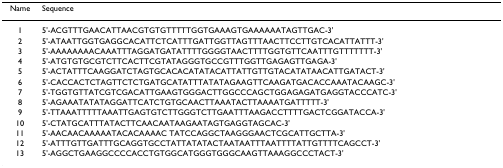
<table><thead><tr><td><b>Name</b></td><td><b>Sequence</b></td></tr></thead><tbody><tr><td>1</td><td>5'-ACGTTTGAACATTAACGTGTGTTTTTGGTGAAAGTGAAAAAATAGTTGAC-3'</td></tr><tr><td>2</td><td>5'-ATAATTGGTGAGGCACATTCTCATTTGATTGGTTAGTTTAACTTCCTTGTCACATTATTT-3'</td></tr><tr><td>3</td><td>5'-AAAAAAAACAAATTTAGGATGATATTTTGGGGTAACTTTTGGTGTTCAATTTGTTTTTTT-3'</td></tr><tr><td>4</td><td>5'-ATGTGTGCGTCTTCACTTCGTATAGGGTGCCGTTTGGTTGAGAGTTGAGA-3'</td></tr><tr><td>5</td><td>5'-ACTATTTCAAGGATCTAGTGCACACATATACATTATTGTTGTACATATAACATTGATACT-3'</td></tr><tr><td>6</td><td>5'-CACCACTCTAGTTCTCTGATGCATATTTATATAGAAGTTCAAGATGACACCAAATACAAGC-3'</td></tr><tr><td>7</td><td>5'-TGGTGTTATCGTCGACATTGAAGTGGGACTTGGCCCAGCTGGAGAGATGAGGTACCCATC-3'</td></tr><tr><td>8</td><td>5'-AGAAATATATAGGATTCATCTGTGCAACTTAAATACTTAAAATGATTTTT-3'</td></tr><tr><td>9</td><td>5'-TTAAATTTTTAAATTGAGTGTCTTGGGTCTTGAATTTAAGACCTTTTGACTCGGATACCA-3'</td></tr><tr><td>10</td><td>5'-CTATGCATTTATACTTCAACAATAAGAATAGTGAGGTAGCAC-3'</td></tr><tr><td>11</td><td>5'-AACAACAAAAATACACAAAAC TATCCAGGCTAAGGGAACTCGCATTGCTTA-3'</td></tr><tr><td>12</td><td>5'-ATTTGTTGATTTGCAGGTGCCTATTATATACTAATAATTTAATTTTATTGTTTTCAGCCT-3'</td></tr><tr><td>13</td><td>5'-AGGCTGAAGGCCCCACCTGTGGCATGGGTGGGCAAGTTAAAGGCCCTACT-3'</td></tr></tbody></table>